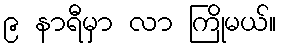
၉ နာရီမှာ လာ ကြိုမယ်။